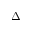
\Delta